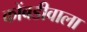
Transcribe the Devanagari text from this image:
कोंबडीवाला